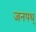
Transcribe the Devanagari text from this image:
जनपथ्